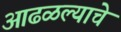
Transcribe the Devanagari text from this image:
आढळल्याचे